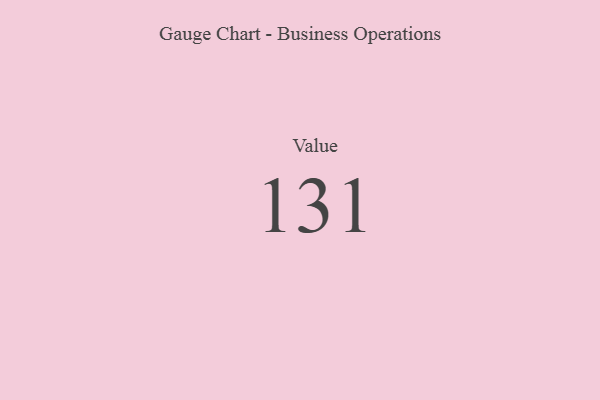
{"axis": {"x": "Metric", "y": "Value"}, "legend": [""], "data": [{"x": "Value", "y": 131, "type": ""}]}